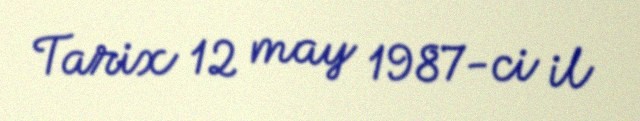
Tarix 12 may 1987-ci il